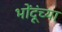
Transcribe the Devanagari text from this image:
भोंदूंच्या